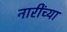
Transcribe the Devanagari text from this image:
नारींच्या